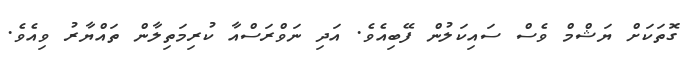
ގޮތަކަށް ޔަޝްމް ވެސް ސައިކަލުން ފޭބިއެވެ. އަދި ނަވްރަސްއާ ކުރިމަތިލާން ތައްޔާރު ވިއެވެ.